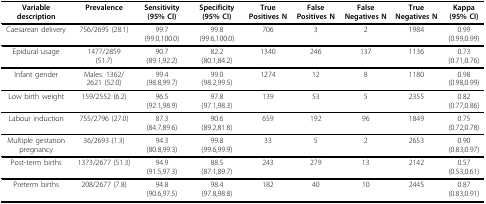
<table><thead><tr><td><b>Variable description</b></td><td><b>Prevalence</b></td><td><b>Sensitivity (95% CI)</b></td><td><b>Specificity (95% CI)</b></td><td><b>True Positives N</b></td><td><b>False Positives N</b></td><td><b>False Negatives N</b></td><td><b>True Negatives N</b></td><td><b>Kappa (95% CI)</b></td></tr></thead><tbody><tr><td>Caesarean delivery</td><td>756/2695 (28.1)</td><td>99.7(99.0,100.0)</td><td>99.8(99.6,100.0)</td><td>706</td><td>3</td><td>2</td><td>1984</td><td>0.99(0.99,0.99)</td></tr><tr><td>Epidural usage</td><td>1477/2859(51.7)</td><td>90.7(89.1,92.2)</td><td>82.2(80.1,84.2)</td><td>1340</td><td>246</td><td>137</td><td>1136</td><td>0.73(0.71,0.76)</td></tr><tr><td>Infant gender</td><td>Males: 1362/2621 (52.0)</td><td>99.4(98.8,99.7)</td><td>99.0(98.2,99.5)</td><td>1274</td><td>12</td><td>8</td><td>1180</td><td>0.98(0.98,0.99)</td></tr><tr><td>Low birth weight</td><td>159/2552 (6.2)</td><td>96.5(92.1,98.9)</td><td>97.8(97.1,98.3)</td><td>139</td><td>53</td><td>5</td><td>2355</td><td>0.82(0.77,0.86)</td></tr><tr><td>Labour induction</td><td>755/2796 (27.0)</td><td>87.3(84.7,89.6)</td><td>90.6(89.2,81.8)</td><td>659</td><td>192</td><td>96</td><td>1849</td><td>0.75(0.72,0.78)</td></tr><tr><td>Multiple gestation pregnancy</td><td>36/2693 (1.3)</td><td>94.3(80.8,99.3)</td><td>99.8(99.6,99.9)</td><td>33</td><td>5</td><td>2</td><td>2653</td><td>0.90(0.83,0.97)</td></tr><tr><td>Post-term births</td><td>1373/2677 (51.3)</td><td>94.9(91.5,97.3)</td><td>88.5(87.1,89.7)</td><td>243</td><td>279</td><td>13</td><td>2142</td><td>0.57(0.53,0.61)</td></tr><tr><td>Preterm births</td><td>208/2677 (7.8)</td><td>94.8(90.6,97.5)</td><td>98.4(97.8,98.8)</td><td>182</td><td>40</td><td>10</td><td>2445</td><td>0.87(0.83,0.91)</td></tr></tbody></table>